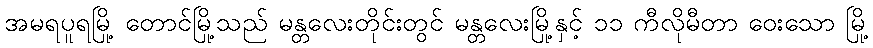
အမရပူရမြို့ တောင်မြို့သည် မန္တလေးတိုင်းတွင် မန္တလေးမြို့နှင့် ၁၁ ကီလိုမီတာ ဝေးသော မြို့